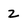
Character: 2